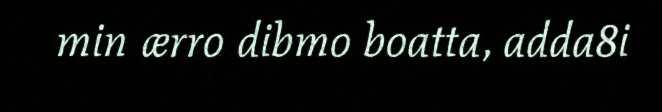
min ærro dibmo boatta, adda8i